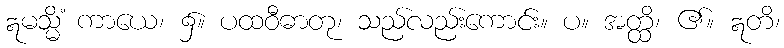
ဣမသ္မိံ ကာယေ၊ ၌။ ပထဝီဓာတု၊ သည်လည်းကောင်း။ ပ။ အတ္ထိ၊ ၏။ ဣတိ၊